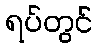
ရပ်တွင်